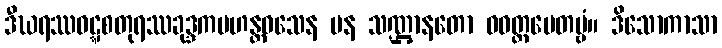
ဒီဃရဿဝဋ္ဋစတုရဿခုဒ္ဒကမဟန္တဝသေန ပန သဏ္ဌာနတော ဝဝတ္ထပေတဗ္ဗံ။ ဒိသောကာသာ